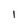
Character: I